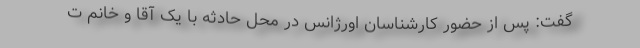
گفت: پس از حضور کارشناسان اورژانس در محل حادثه با یک آقا و خانم ت